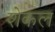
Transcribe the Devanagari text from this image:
शेकल